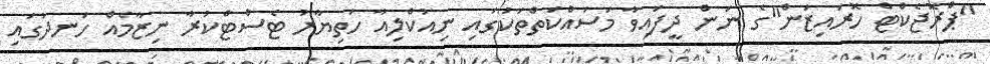
"ޕްރޮޖެކްޓް ހޮރައިޒަން"ގެ ނަން ދީފައިވާ މަސައްކަތްތަކުގައި ނިއުކްލިއާ ހަތިޔާރު ޓެސްޓްކުރާ ނިޒާމެއް ހަނދުގައި